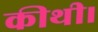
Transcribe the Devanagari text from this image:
कीथी।